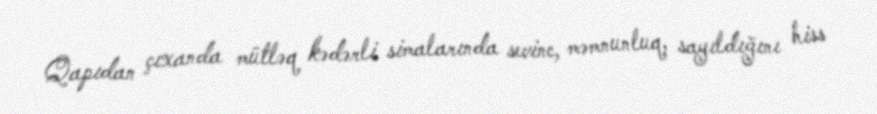
Qapıdan çıxanda mütləq kədərli simalarında sevinc, məmnunluq, sayıldığını hiss